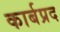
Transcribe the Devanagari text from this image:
कार्बप्रद